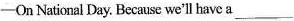
─On National Day. Because we'll have a___